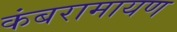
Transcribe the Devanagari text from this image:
कंबरामायण